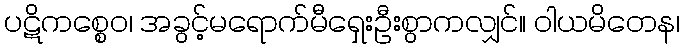
ပဋိကစ္စေဝ၊ အခွင့်မရောက်မီရှေးဦးစွာကလျှင်။ ဝါယမိတေန၊